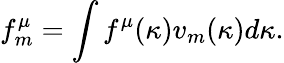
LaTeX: f_{m}^{\mu}=\int f^{\mu}(\kappa)v_{m}(\kappa)d\kappa.